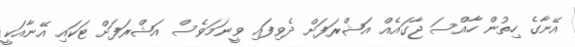
އޭނާގެ ހިތުން ހާއްސަ ޖާގައެއް އަޝްރަފަށް ދެވިފައި ވީނަމަވެސް އަޝްރަފަށް ޓަކައި އޭނާއަކީ